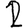
Digit: 2